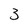
Character: 3